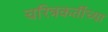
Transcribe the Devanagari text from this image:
चरित्रकर्तीच्या